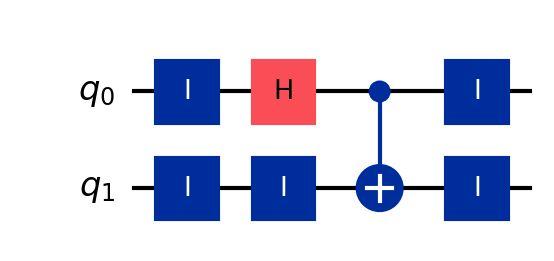
Description: Bell state in wide visual layout with identity padding
描述: 带恒等填充的宽视觉布局Bell态
Category: visual_variants (difficulty: basic)
Qubits: 2, circuit depth: 2

Braket implementation:
from braket.circuits import Circuit
# Identity gates don't change the unitary
circuit = Circuit().h(0).cnot(0, 1)